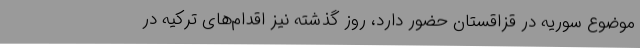
موضوع سوریه در قزاقستان حضور دارد، روز گذشته نیز اقدام‌های ترکیه در